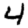
Digit: 4